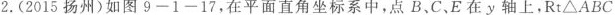
2.(2015扬州)如图9-1-17，在平面直角坐标系中，点B、C、E在y轴上，Rt△ABC